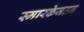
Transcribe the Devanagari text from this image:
स्मारकेजतन